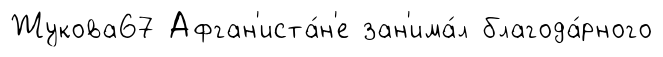
Жукова67 Афган'иста́н'е зан'има́л благода́рного